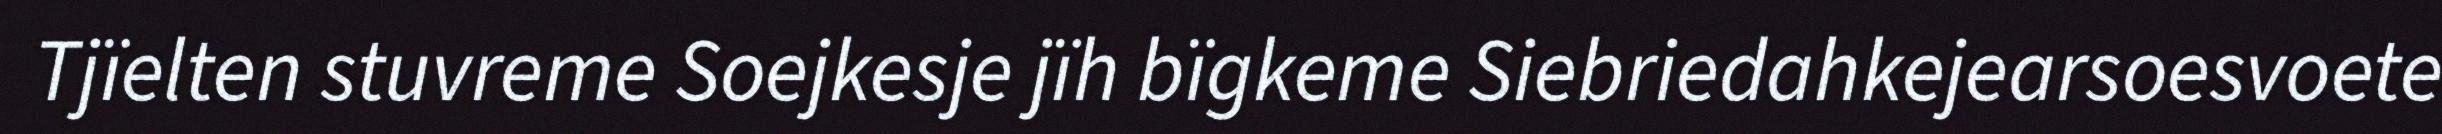
Tjïelten stuvreme Soejkesje jïh bïgkeme Siebriedahkejearsoesvoete